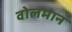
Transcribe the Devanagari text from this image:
वोलमान